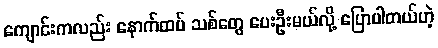
ကျောင်းကလည်း နောက်ထပ် သစ်တွေ ပေးဦးမယ်လို့ ပြောပါတယ်ဟဲ့